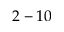
2 - 1 0